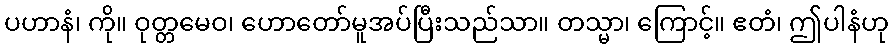
ပဟာနံ၊ ကို။ ဝုတ္တမေဝ၊ ဟောတော်မူအပ်ပြီးသည်သာ။ တသ္မာ၊ ကြောင့်။ ဧတံ၊ ဤပါနံဟု